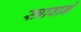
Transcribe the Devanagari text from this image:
स्त्रावाने